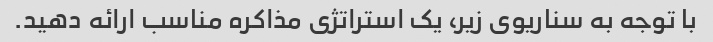
با توجه به سناریوی زیر، یک استراتژی مذاکره مناسب ارائه دهید.